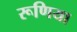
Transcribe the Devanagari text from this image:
रूणिया